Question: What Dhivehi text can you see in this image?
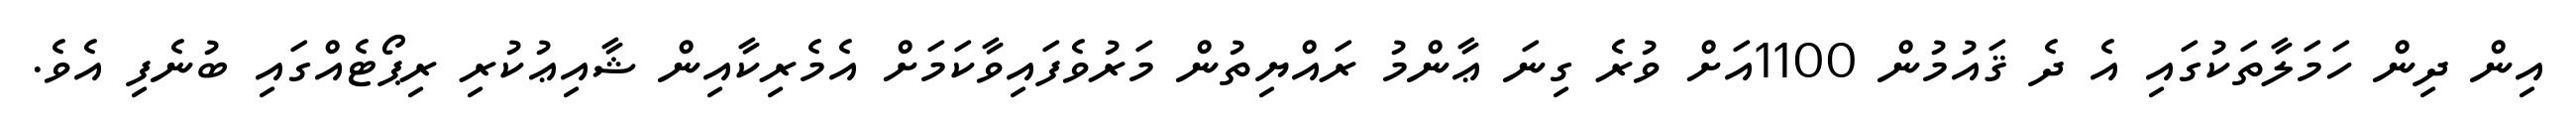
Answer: އިން ދިން ހަމަލާތަކުގައި އެ ދެ ޤައުމުން 1100އަށް ވުރެ ގިނަ ޢާންމު ރައްޔިތުން މަރުވެފައިވާކަމަށް އެމެރިކާއިން ޝާއިޢުކުރި ރިޕޯޓެއްގައި ބުނެފި އެވެ.